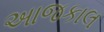
અાજકાલ